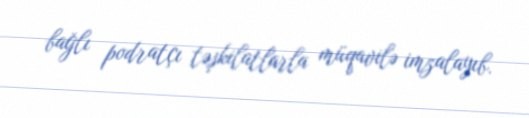
bağlı podratçı təşkilatlarla müqavilə imzalayıb.